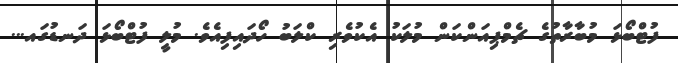
ފުޓްބޯޅަ މުބާރާތުގެ ޗެމްޕިއަންކަން މުލަކު އެކުވެރި ކްލަބު ހޯދައިފިއެވެ. މުލީ ފުޓްބޯޅަ ދަނޑުގައ...